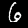
Label: 6